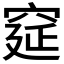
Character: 𮃾